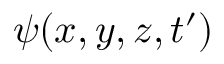
\psi ( x , y , z , t ^ { \prime } )